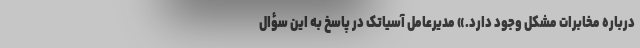
درباره مخابرات مشکل وجود دارد.» مدیرعامل آسیاتک در پاسخ به این سؤال